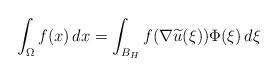
LaTeX: \begin{align*} \int _\Omega f(x)\, dx = \int _{B_{H}} f(\nabla \widetilde u (\xi)) \Phi(\xi)\, d\xi \end{align*}